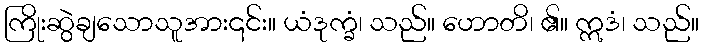
ကြိုးဆွဲချသောသူအား၎င်း။ ယံဒုက္ခံ၊ သည်။ ဟောတိ၊ ၏။ ဣဒံ၊ သည်။